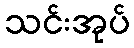
သင်းအုပ်